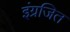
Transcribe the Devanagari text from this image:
इंग्रजित